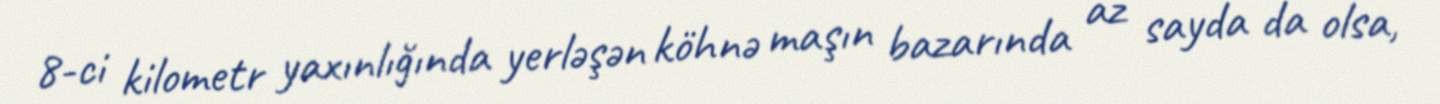
8-ci kilometr yaxınlığında yerləşən köhnə maşın bazarında az sayda da olsa,